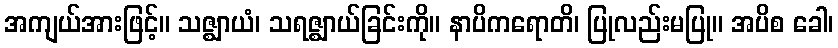
အကျယ်အားဖြင့်။ သဇ္ဈာယံ၊ သရဇ္ဈာယ်ခြင်းကို။ နာပိကရောတိ၊ ပြုလည်းမပြု။ အပိစ ခေါ၊